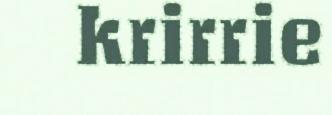
krirrie